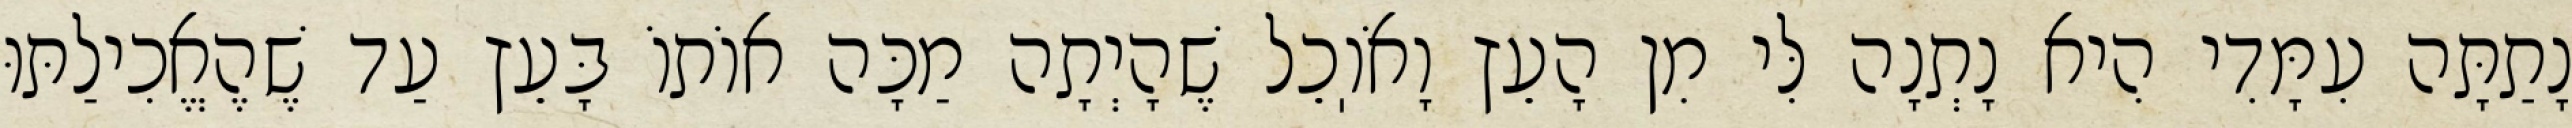
נָתַתָּה עִמָּדִי הִיא נָתְנָה לִּי מִן הָעֵץ וָאֹוֽכֵל שֶׁהָיְתָה מַכָּה אוֹתוֹ בָּעֵץ עַד שֶׁהֶאֱכִילַתּוּ